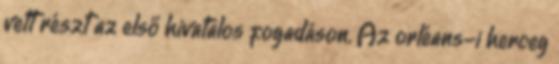
vett részt az első hivatalos fogadáson. Az orléans-i herceg